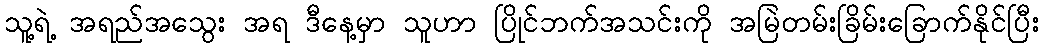
သူ့ရဲ့ အရည်အသွေး အရ ဒီနေ့မှာ သူဟာ ပြိုင်ဘက်အသင်းကို အမြဲတမ်းခြိမ်းခြောက်နိုင်ပြီး